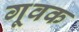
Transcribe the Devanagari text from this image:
गूवक